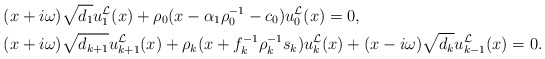
\begin{align*}&(x+i\omega)\sqrt{d_1}u_1^{\mathcal{L}}(x)+\rho_0(x-\alpha_1\rho_0^{-1}-c_0)u_0^{\mathcal{L}}(x)=0, \\&(x+i\omega)\sqrt{d_{k+1}}u_{k+1}^{\mathcal{L}}(x)+\rho_{k}(x+f_{k}^{-1}\rho_{k}^{-1}s_{k})u_{k}^{\mathcal{L}}(x)+(x-i\omega)\sqrt{d_{k}}u_{k-1}^{\mathcal{L}}(x)=0. \end{align*}